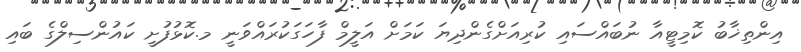
އިންތިޚާބު ކޮމިޓީއާ ނުބައްސައި ކުރިއަށްގެންދިޔަ ކަމަށް އަލީމް ފާހަގަކުރައްވަނީ މ.ކޮޅުފުށީ ކައުންސިލްގެ ބައި